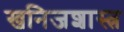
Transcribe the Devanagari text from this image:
खनिजशास्त्र